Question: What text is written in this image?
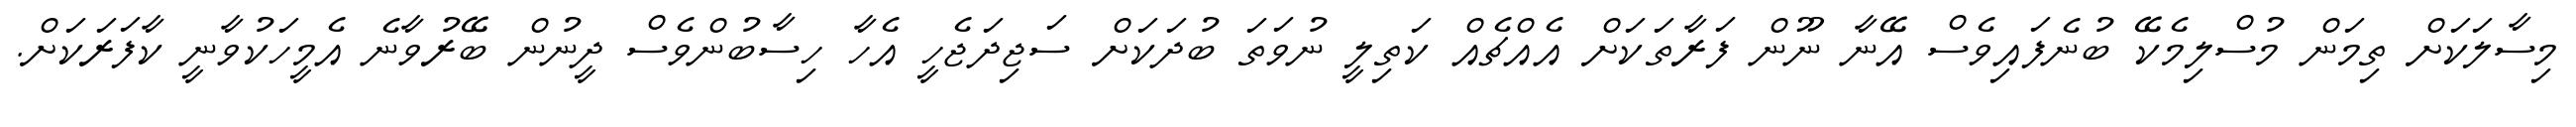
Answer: މިސާލަކަށް ތިމަން މުސްލިމެކޭ ބުނެފައިވެސް އޭނާ ނޫން ފަރާތަކަށް އެއްޗެއް ކަތިލީ ނުވަތަ ބުދަކަށް ސަޖިދަޖެހީ އެހާ ހިސާބުންވެސް ދީނުން ބޭރުވާނެ އެމީހަކުވާނީ ކާފަރަކަށް.